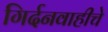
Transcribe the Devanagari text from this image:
गिर्दनवाहीचे